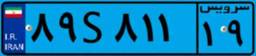
۸۹S۸۱۱۱۹